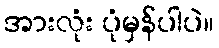
အားလုံး ပုံမှန်ပါပဲ။